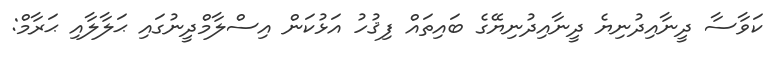
ކަވާސާ ދީނާއިދުނިޔެ ދީނާއިދުނިޔޭގެ ބައިތައް ފިޤުހު އަޅުކަން އިސްލާމްދީނުގައި ޙަލާލާއި ޙަރާމް: